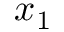
x _ { 1 }